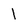
Character: l